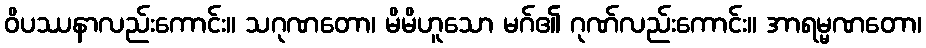
ဝိပဿနာလည်းကောင်း။ သဂုဏတော၊ မိမိဟူသော မဂ်၏ ဂုဏ်လည်းကောင်း။ အာရမ္မဏတော၊